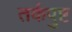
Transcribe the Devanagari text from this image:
तर्कपुष्ट